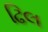
ઢિલ